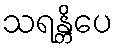
သရန္တိပေ